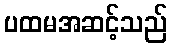
ပထမအဆင့်သည်